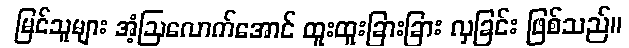
မြင်သူများ အံ့ဩလောက်အောင် ထူးထူးခြားခြား လှခြင်း ဖြစ်သည်။